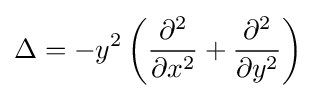
\Delta =-y^{2}\left({\frac {\partial ^{2}}{\partial x^{2}}}+{\frac {\partial ^{2}}{\partial y^{2}}}\right)